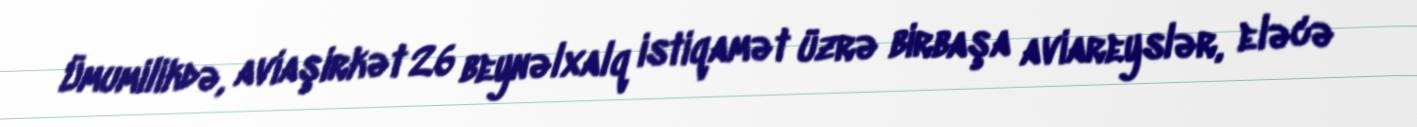
Ümumilikdə, aviaşirkət 26 beynəlxalq istiqamət üzrə birbaşa aviareyslər, eləcə